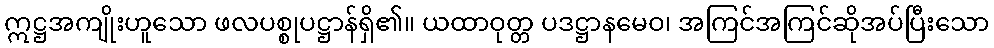
ဣဋ္ဌအကျိုးဟူသော ဖလပစ္စုပဋ္ဌာန်ရှိ၏။ ယထာဝုတ္တ ပဒဋ္ဌာနမေဝ၊ အကြင်အကြင်ဆိုအပ်ပြီးသော